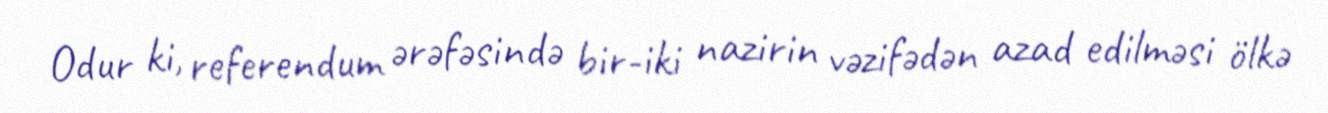
Odur ki, referendum ərəfəsində bir-iki nazirin vəzifədən azad edilməsi ölkə